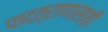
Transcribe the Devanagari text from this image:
पादत्राणासाठी